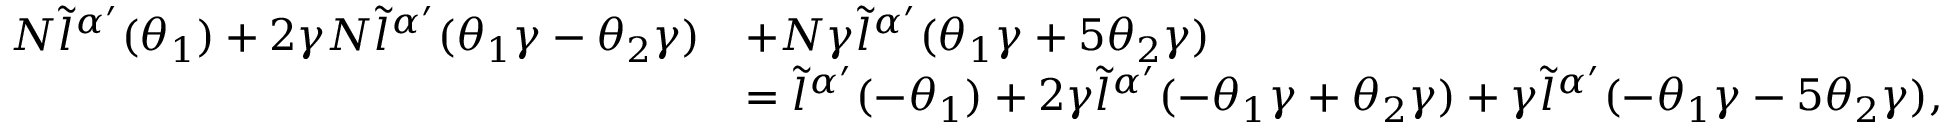
\begin{array} { r l } { N \tilde { l } ^ { \alpha { ' } } ( \theta _ { 1 } ) + 2 \gamma N \tilde { l } ^ { \alpha { ' } } ( \theta _ { 1 } \gamma - \theta _ { 2 } \gamma ) } & { + N \gamma \tilde { l } ^ { \alpha { ' } } ( \theta _ { 1 } \gamma + 5 \theta _ { 2 } \gamma ) } \\ & { = \tilde { l } ^ { \alpha { ' } } ( - \theta _ { 1 } ) + 2 \gamma \tilde { l } ^ { \alpha { ' } } ( - \theta _ { 1 } \gamma + \theta _ { 2 } \gamma ) + \gamma \tilde { l } ^ { \alpha { ' } } ( - \theta _ { 1 } \gamma - 5 \theta _ { 2 } \gamma ) , } \end{array}